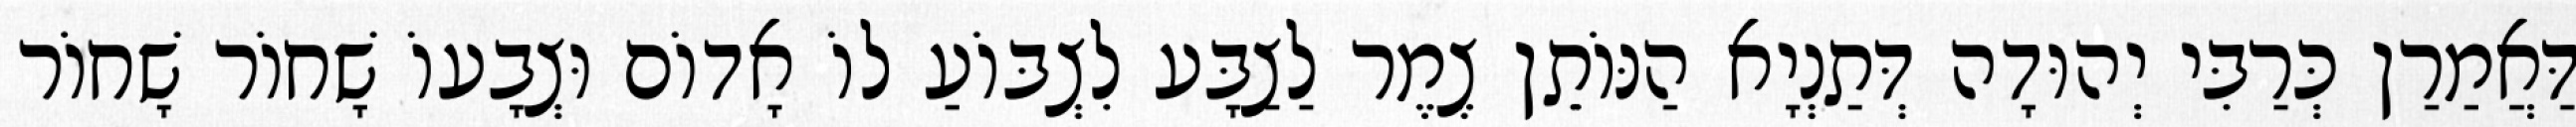
דַּאֲמַרַן כְּרַבִּי יְהוּדָה דְּתַנְיָא הַנּוֹתֵן צֶמֶר לַצַבָּע לִצְבּוֹעַ לוֹ אָדוֹם וּצְבָעוֹ שָׁחוֹר שָׁחוֹר